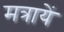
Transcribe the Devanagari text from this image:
मत्रायें